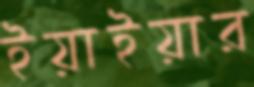
ইয়াইয়ার